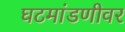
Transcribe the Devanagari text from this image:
घटमांडणीवर